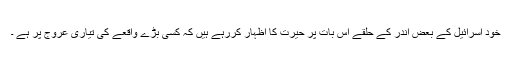
خود اسرائیل کے بعض اندر کے حلقے اس بات پر حیرت کا اظہار کررہے ہیں کہ کسی بڑے واقعے کی تیاری عروج پر ہے ۔